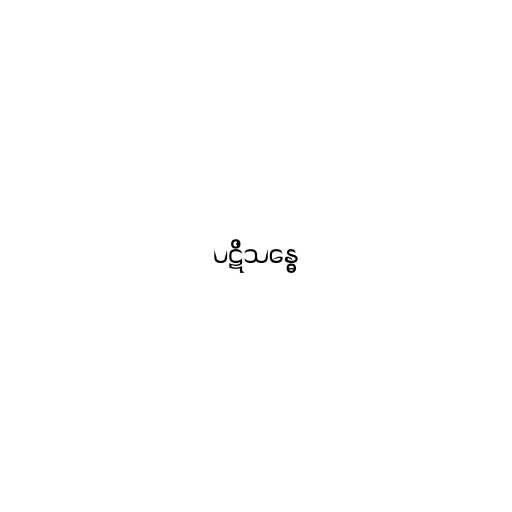
ပဋိသန္ဓေ